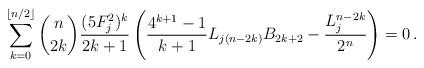
LaTeX: \begin{align*}\sum_{k=0}^{\lfloor{n}/{2}\rfloor}\binom{n}{2k} \frac{(5F^2_j)^k}{2k+1} \left(\frac{4^{k+1}-1}{k+1}L_{j(n-2k)}{B_{2k+2}}-\frac{L_j^{n-2k}}{2^n}\right) = 0\,.\end{align*}